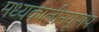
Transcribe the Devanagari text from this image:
मध्यकालीनयूरोप